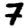
Digit: 7